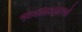
અવધારણાઓ